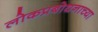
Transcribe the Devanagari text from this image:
लोकप्रबोधनाच्या